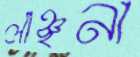
লাঞ্ছনা